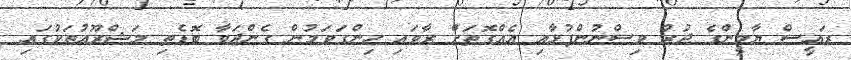
ރައީސް ޔާމީންގެ ދުރު ވިސްނުންފުޅާއި އެއްގޮތަށް ރާވައި ހިންގަވަމުން ގެންދަވާ ބޮޑެތި މަޝްރޫއުތަކުގައި